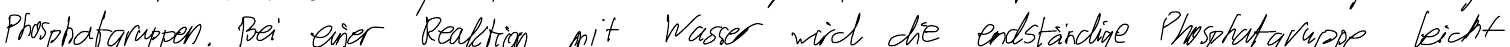
Phosphatgruppen. Bei einer Reaktion mit Wasser wird die endständige Phosphatgruppe leicht